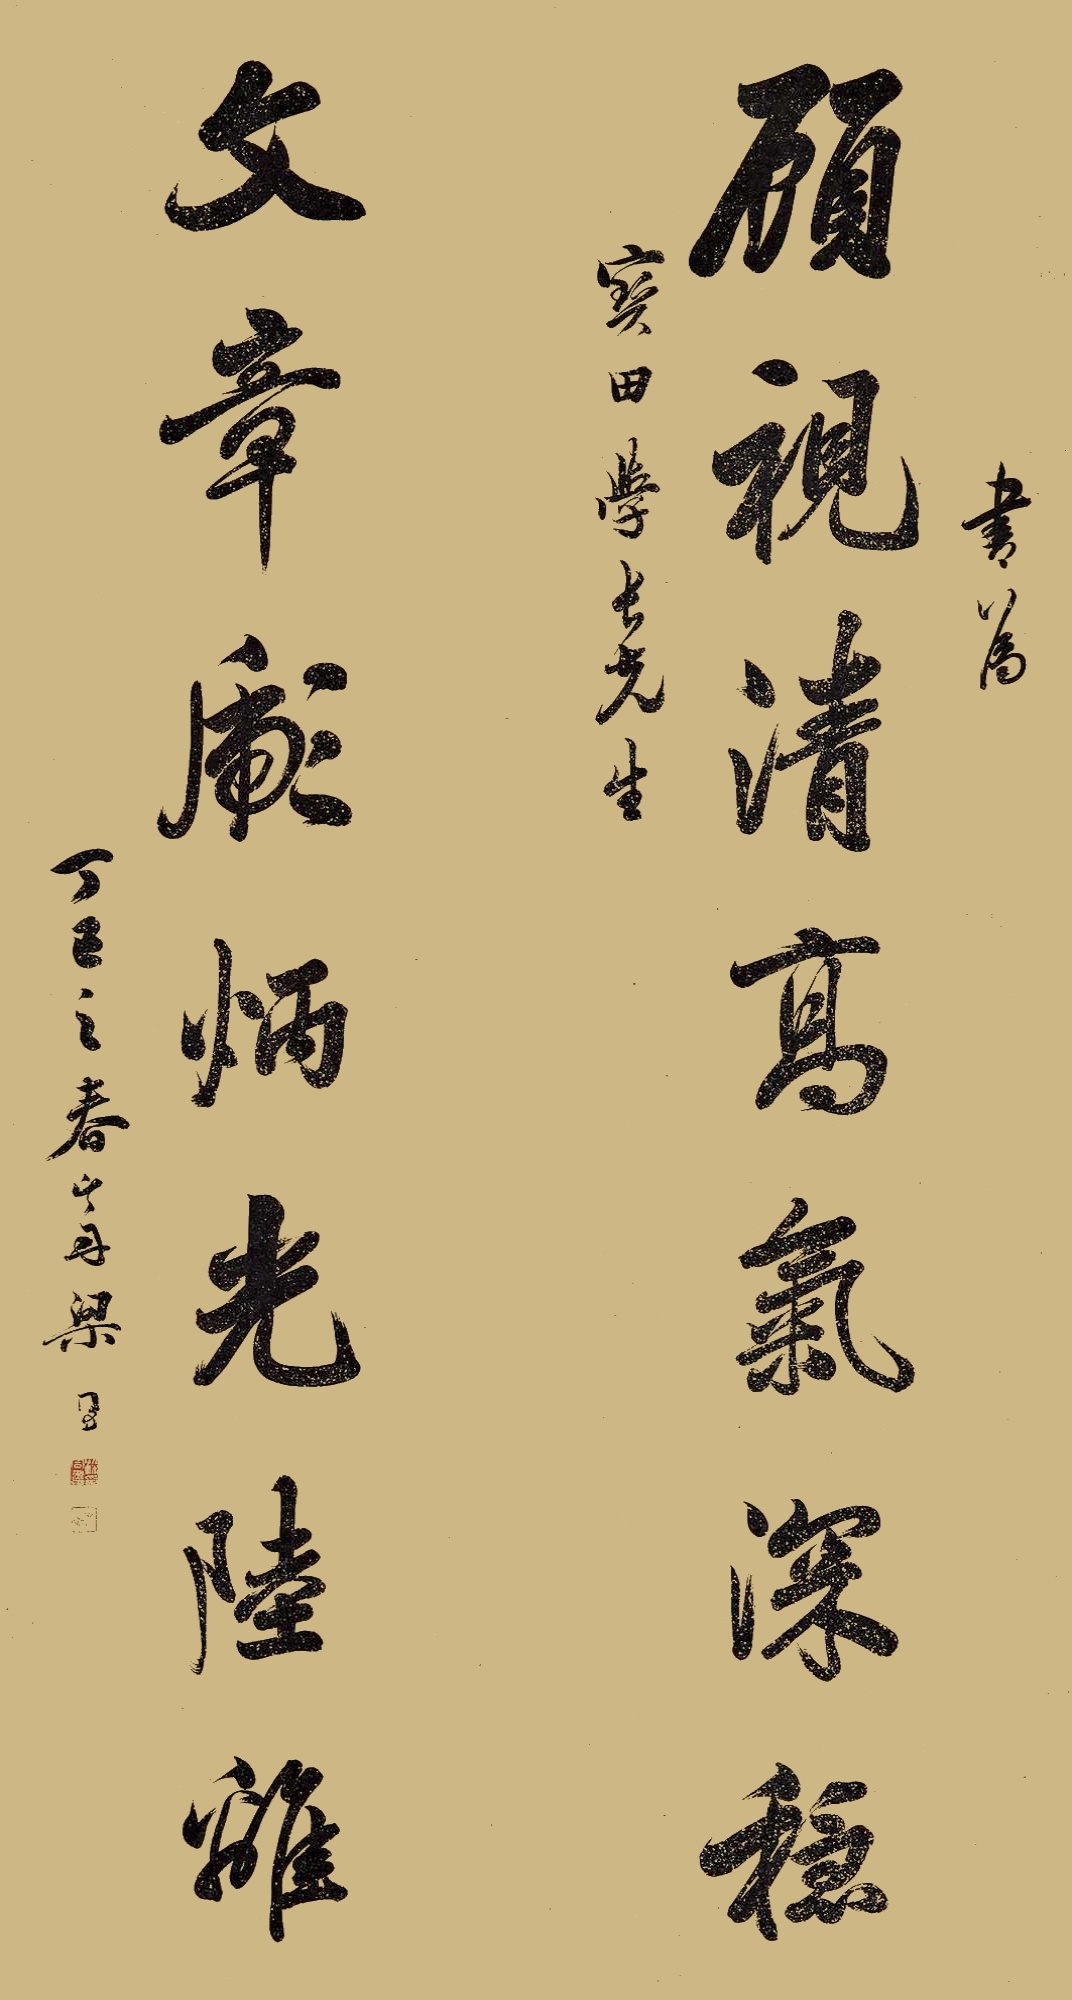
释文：顾视清高气深稳，文章彪炳光陆离。书为宝田学长先生。丁巳之春，山舟梁同书。